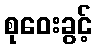
စုဝေးခွင့်